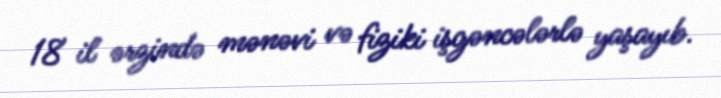
18 il ərzində mənəvi və fiziki işgəncələrlə yaşayıb.